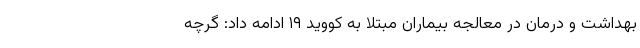
بهداشت و درمان در معالجه بیماران مبتلا به کووید ۱۹ ادامه داد: گرچه